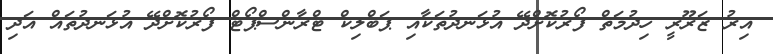
އިރު ޒަރޫރީ ހިދުމަތް ފޯރުކޮށްދޭ އުޅަނދުތަކާއި ޕަބްލިކް ޓްރާންސްޕޯޓް ފޯރުކޮށްދޭ އުޅަނދުތައް އަދި